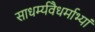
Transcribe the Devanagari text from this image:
साधर्म्यवैधर्माभ्यां